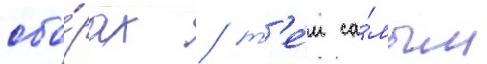
сбо́рах / т'е́м са́мым